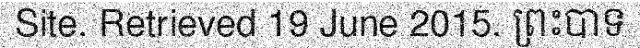
Site. Retrieved 19 June 2015. ព្រះបាទ